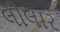
લીલાર